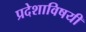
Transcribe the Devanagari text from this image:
प्रदेशाविषयी